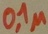
Text: 0,1µ